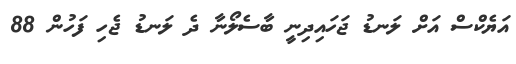
އަޔެކްސް އަށް ލަނޑު ޖަހައިދިނީ ބާސެލޯނާ ދެ ލަނޑު ޖެހި ފަހުން 88